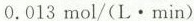
0.013mol/(L·min)